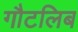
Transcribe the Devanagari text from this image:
गौटलिब